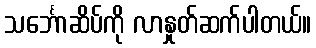
သင်္ဘောဆိပ်ကို လာနှုတ်ဆက်ပါတယ်။